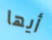
أيها